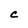
Character: C